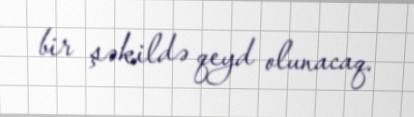
bir şəkildə qeyd olunacaq.